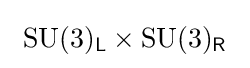
~\mathrm {SU} (3)_{\mathsf {L}}\times \mathrm {SU} (3)_{\mathsf {R}}~